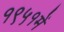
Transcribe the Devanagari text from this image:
१९५१में